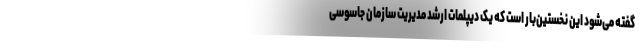
گفته می‌شود این نخستین‌بار است که یک دیپلمات ارشد مدیریت سازمان جاسوسی